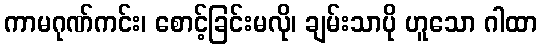
ကာမဂုဏ်ကင်း၊ စောင့်ခြင်းမလို၊ ချမ်းသာပို ဟူသော ဂါထာ